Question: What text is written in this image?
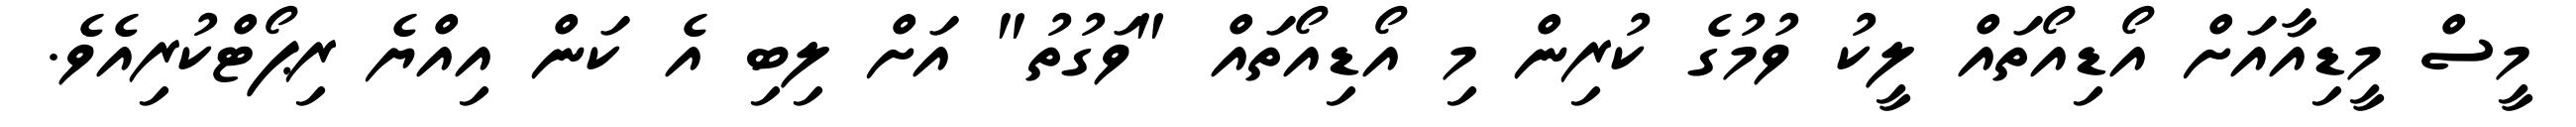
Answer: މީސް މީޑިއާއަށް އޯޑިއޯތައް ލީކު ވުމުގެ ކުރިން މި އޯޑިއޯތައް "ވަގުތު" އަށް ލިބި އެ ކަން އިއްޔެ ރިޕޯޓްކުރިއެވެ.